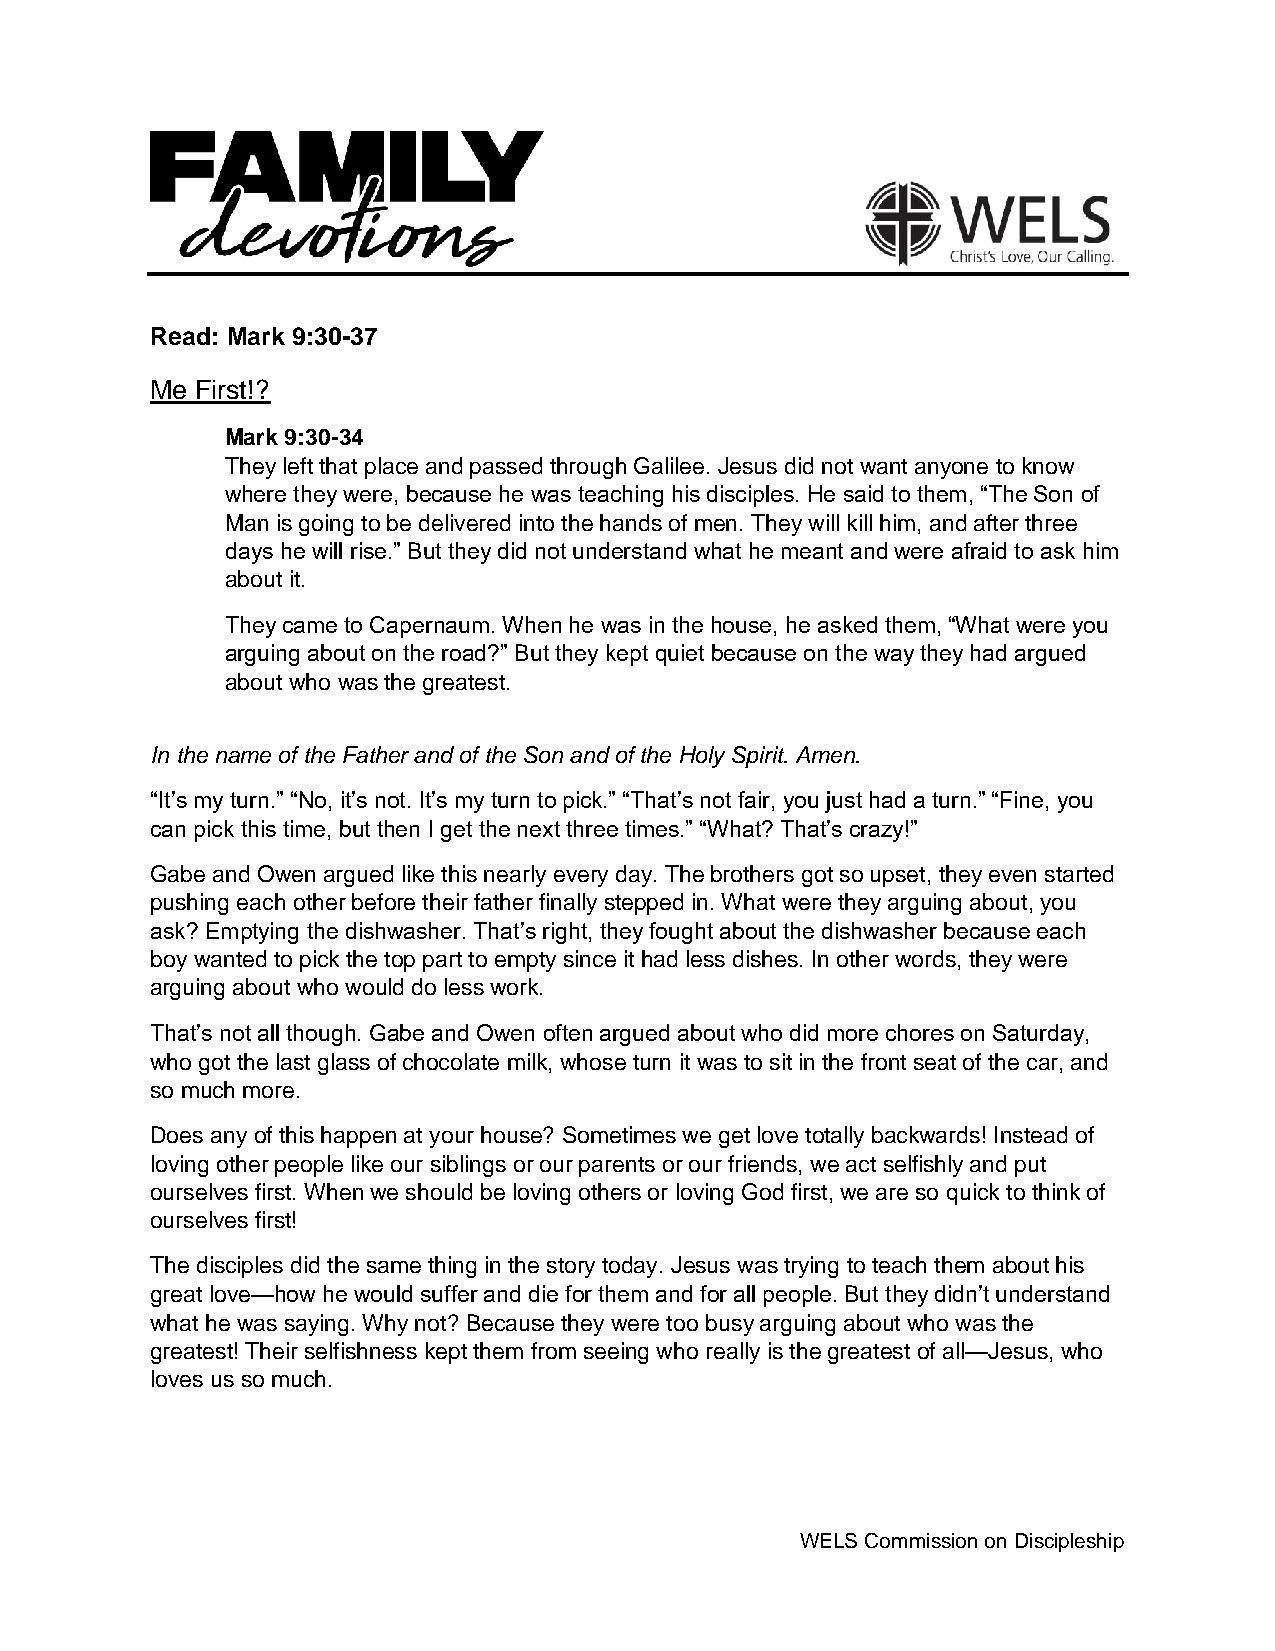
Read: Mark 9:30-37
 Me First!?
 Mark 9:30-34
 They left that place and passed through Galilee. Jesus did not want anyone to know
 where they were, because he was teaching his disciples. He said to them, “The Son of
 Man is going to be delivered into the hands of men. They will kill him, and after three
 days he will rise.” But they did not understand what he meant and were afraid to ask him
 about it.
 They came to Capernaum. When he was in the house, he asked them, “What were you
 arguing about on the road?” But they kept quiet because on the way they had argued
 about who was the greatest.
 In the name of the Father and of the Son and of the Holy Spirit. Amen.
 “It’s my turn.” “No, it’s not. It’s my turn to pick.” “That’s not fair, you just had a turn.” “Fine, you
 can pick this time, but then I get the next three times.” “What? That’s crazy!”
 Gabe and Owen argued like this nearly every day. The brothers got so upset, they even started
 pushing each other before their father finally stepped in. What were they arguing about, you
 ask? Emptying the dishwasher. That’s right, they fought about the dishwasher because each
 boy wanted to pick the top part to empty since it had less dishes. In other words, they were
 arguing about who would do less work.
 That’s not all though. Gabe and Owen often argued about who did more chores on Saturday,
 who got the last glass of chocolate milk, whose turn it was to sit in the front seat of the car, and
 so much more.
 Does any of this happen at your house? Sometimes we get love totally backwards! Instead of
 loving other people like our siblings or our parents or our friends, we act selfishly and put
 ourselves first. When we should be loving others or loving God first, we are so quick to think of
 ourselves first!
 The disciples did the same thing in the story today. Jesus was trying to teach them about his
 great love—how he would suffer and die for them and for all people. But they didn’t understand
 what he was saying. Why not? Because they were too busy arguing about who was the
 greatest! Their selfishness kept them from seeing who really is the greatest of all—Jesus, who
 loves us so much.
 WELS Commission on Discipleship